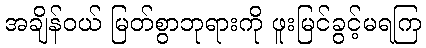
အချိန်ဝယ် မြတ်စွာဘုရားကို ဖူးမြင်ခွင့်မရကြ